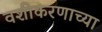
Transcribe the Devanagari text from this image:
वशीकरणाच्या